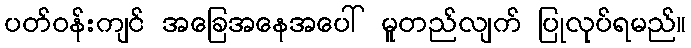
ပတ်ဝန်းကျင် အခြေအနေအပေါ် မူတည်လျက် ပြုလုပ်ရမည်။